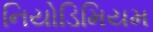
નિયોડિમિયમ